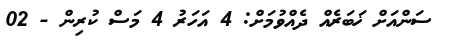
ސަންއަށް ޚަބަރެއް ދެއްވުމަށް: 4 އަހަރު 4 މަސް ކުރިން - 02